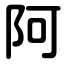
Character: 阿